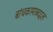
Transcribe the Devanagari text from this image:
बांधकामाबद्दल